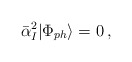
\begin{align*}\bar{\alpha}_I^2|\Phi_{ph}\rangle=0\, ,\end{align*}